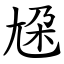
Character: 尮